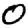
Digit: 0